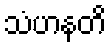
သံဟနတိ